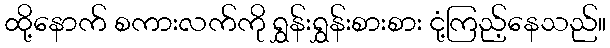
ထို့နောက် စကားလက်ကို ရွှန်းရွှန်းစားစား ငုံ့ကြည့်နေသည်။